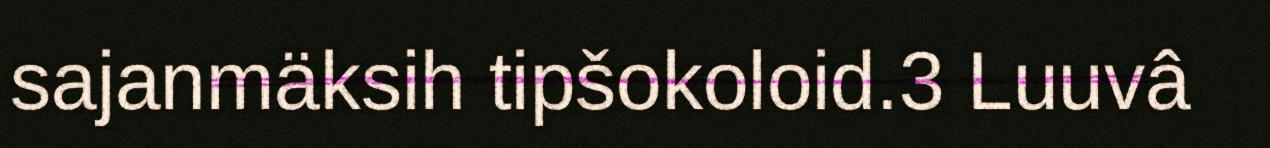
sajanmäksih tipšokoloid.3 Luuvâ